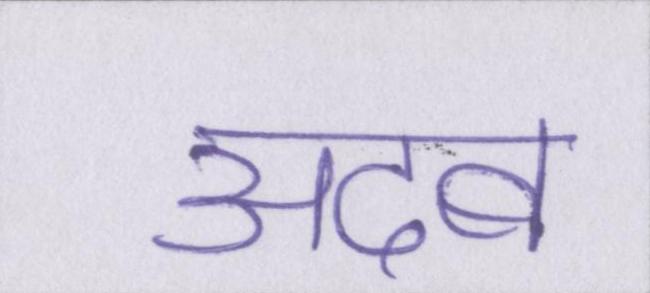
अदब